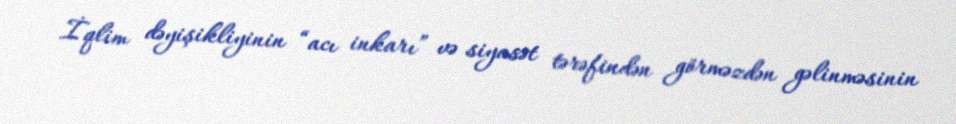
İqlim dəyişikliyinin “acı inkarı” və siyasət tərəfindən görməzdən gəlinməsinin